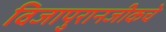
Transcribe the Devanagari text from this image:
विजापुरानजीकचे